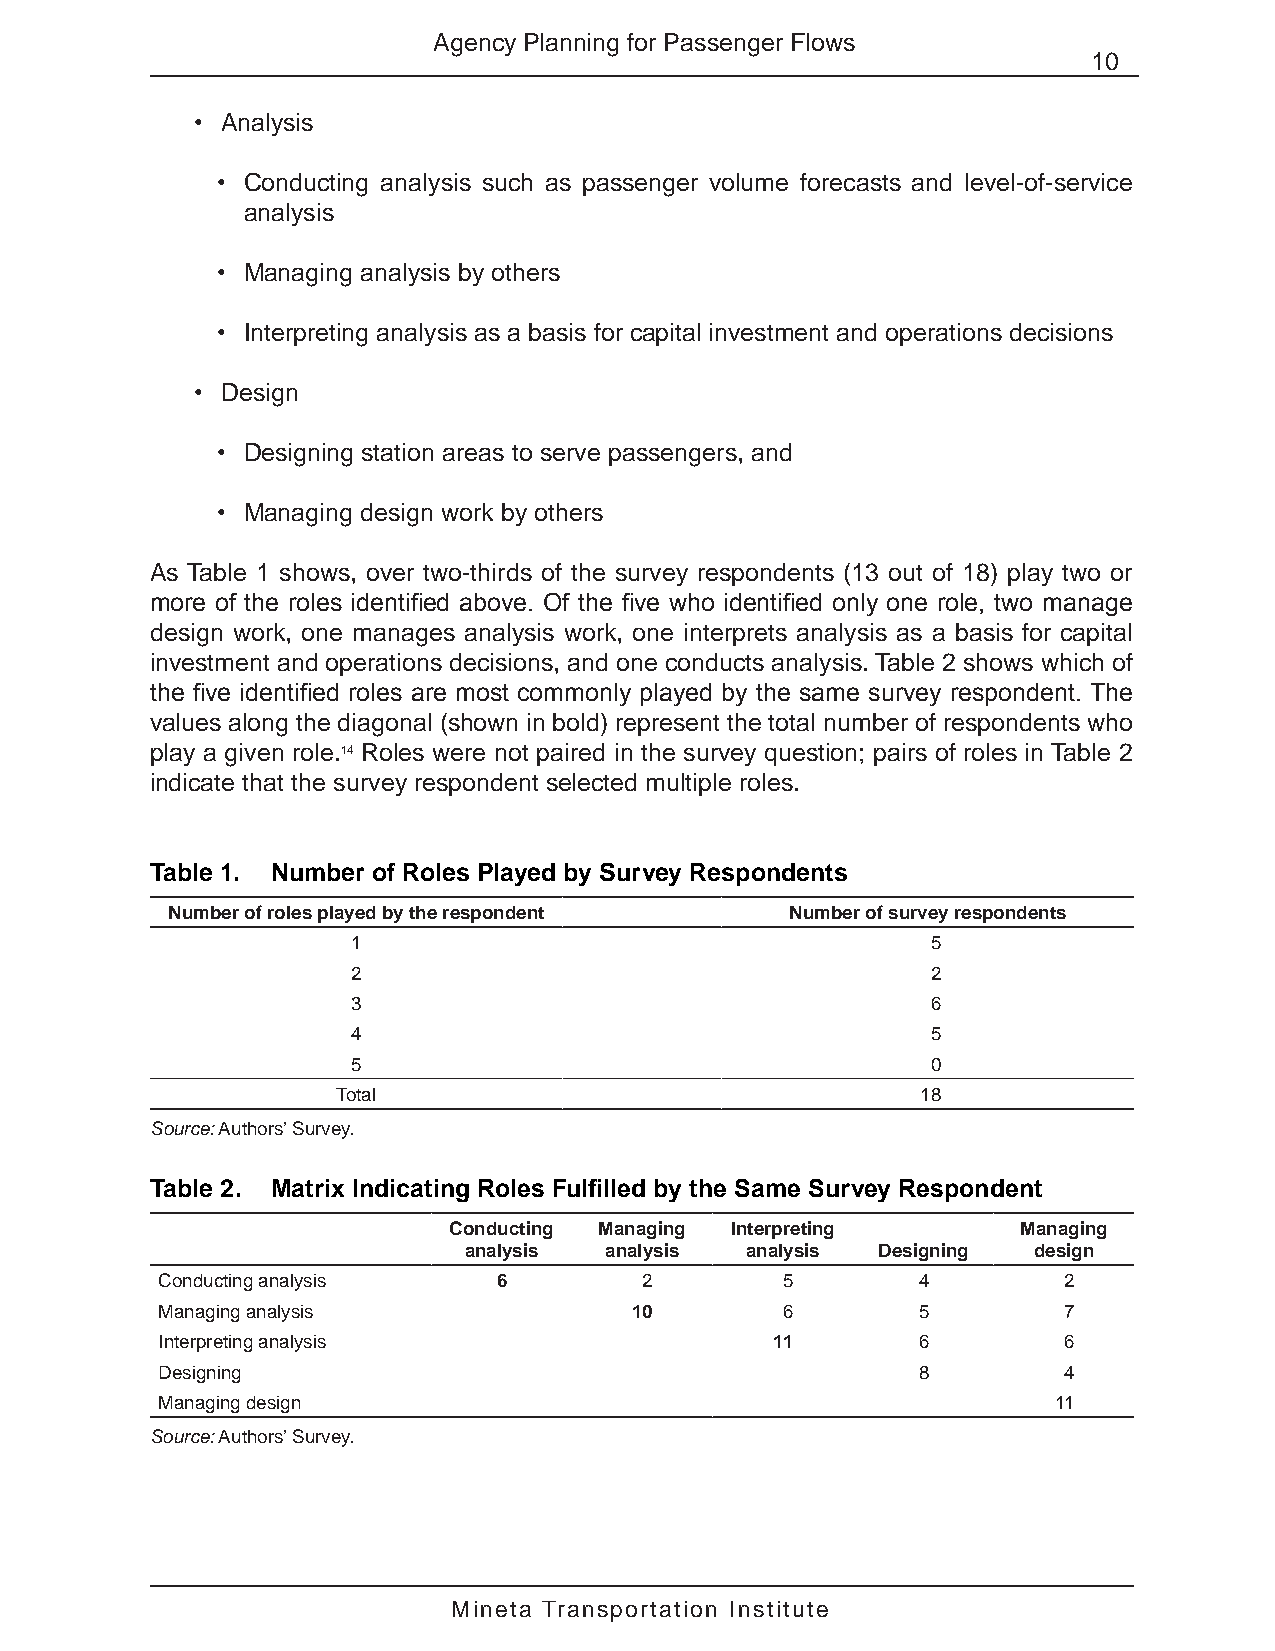
Agency Planning for Passenger Flows
 10
 • Analysis
 • Conducting analysis such as passenger volume forecasts and level-of-service
 analysis
 • Managing analysis by others
 • Interpreting analysis as a basis for capital investment and operations decisions
 • Design
 • Designing station areas to serve passengers, and
 • Managing design work by others
 As Table 1 shows, over two-thirds of the survey respondents (13 out of 18) play two or
 more of the roles identified above. Of the five who identified only one role, two manage
 design work, one manages analysis work, one interprets analysis as a basis for capital
 investment and operations decisions, and one conducts analysis. Table 2 shows which of
 the five identified roles are most commonly played by the same survey respondent. The
 values along the diagonal (shown in bold) represent the total number of respondents who
 play a given role.14 Roles were not paired in the survey question; pairs of roles in Table 2
 indicate that the survey respondent selected multiple roles.
 Table 1. Number of Roles Played by Survey Respondents
 Number of roles played by the respondent Number of survey respondents
 1                                      5
 2                                      2
 3                                      6
 4                                      5
 5                                      0
 Total                                  18
 Source: Authors’ Survey.
 Table 2. Matrix Indicating Roles Fulfilled by the Same Survey Respondent
 Conducting Managing Interpreting      Managing
 analysis analysis analysis Designing design
 Conducting analysis    6         2        5        4        2
 Managing analysis               10        6        5        7
 Interpreting analysis                    11        6        6
 Designing                                          8        4
 Managing design                                             11
 Source: Authors’ Survey.
 Mineta Transportation Institute